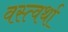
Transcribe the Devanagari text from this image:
वस्त्वर्था